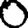
Digit: 0